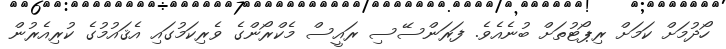
ހޯދުމަށް ކަމަށް ރިޕޯޓުތަށް ބުނެއެވެ. ފަރަންސޭސި ރައީސް މެކްރޯންގެ ވެރިކަމުގައި އެޤައުމުގެ ކުރިއެރުން